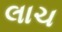
લાચ